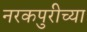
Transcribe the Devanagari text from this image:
नरकपुरीच्या